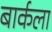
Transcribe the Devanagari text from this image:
बार्कला